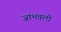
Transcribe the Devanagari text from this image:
जांभवली